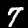
Label: 7